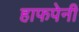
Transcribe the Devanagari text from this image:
हाफपेनी